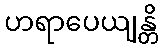
ဟရာပေယျန္တိ